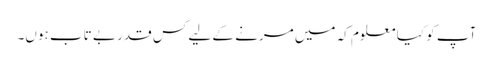
آپ کو کیا معلوم کہ میں مرنے کے لیے کس قدر بے تاب ہوں۔